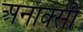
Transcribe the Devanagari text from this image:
अनाक्सी